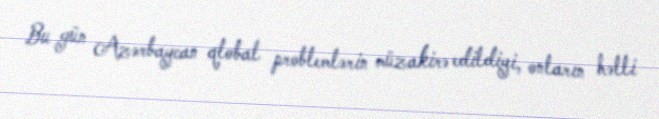
Bu gün Azərbaycan qlobal problemlərin müzakirə edildiyi, onların həlli